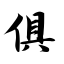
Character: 俱